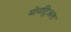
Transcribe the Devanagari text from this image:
मोनट्रिअल